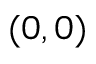
( 0 , 0 )